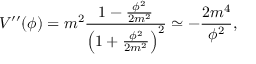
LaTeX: V ^ { \prime \prime } ( \phi ) = m ^ { 2 } \frac { 1 - \frac { \phi ^ { 2 } } { 2 m ^ { 2 } } } { \left( 1 + \frac { \phi ^ { 2 } } { 2 m ^ { 2 } } \right) ^ { 2 } } \simeq - \frac { 2 m ^ { 4 } } { \phi ^ { 2 } } ,